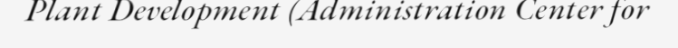
Plant Development (Administration Center for